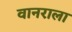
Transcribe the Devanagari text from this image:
वानराला